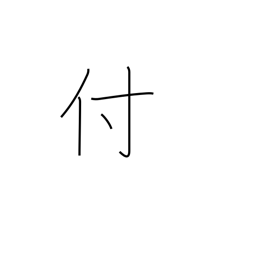
Meaning: adhere